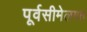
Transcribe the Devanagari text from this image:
पूर्वसीमेलगत